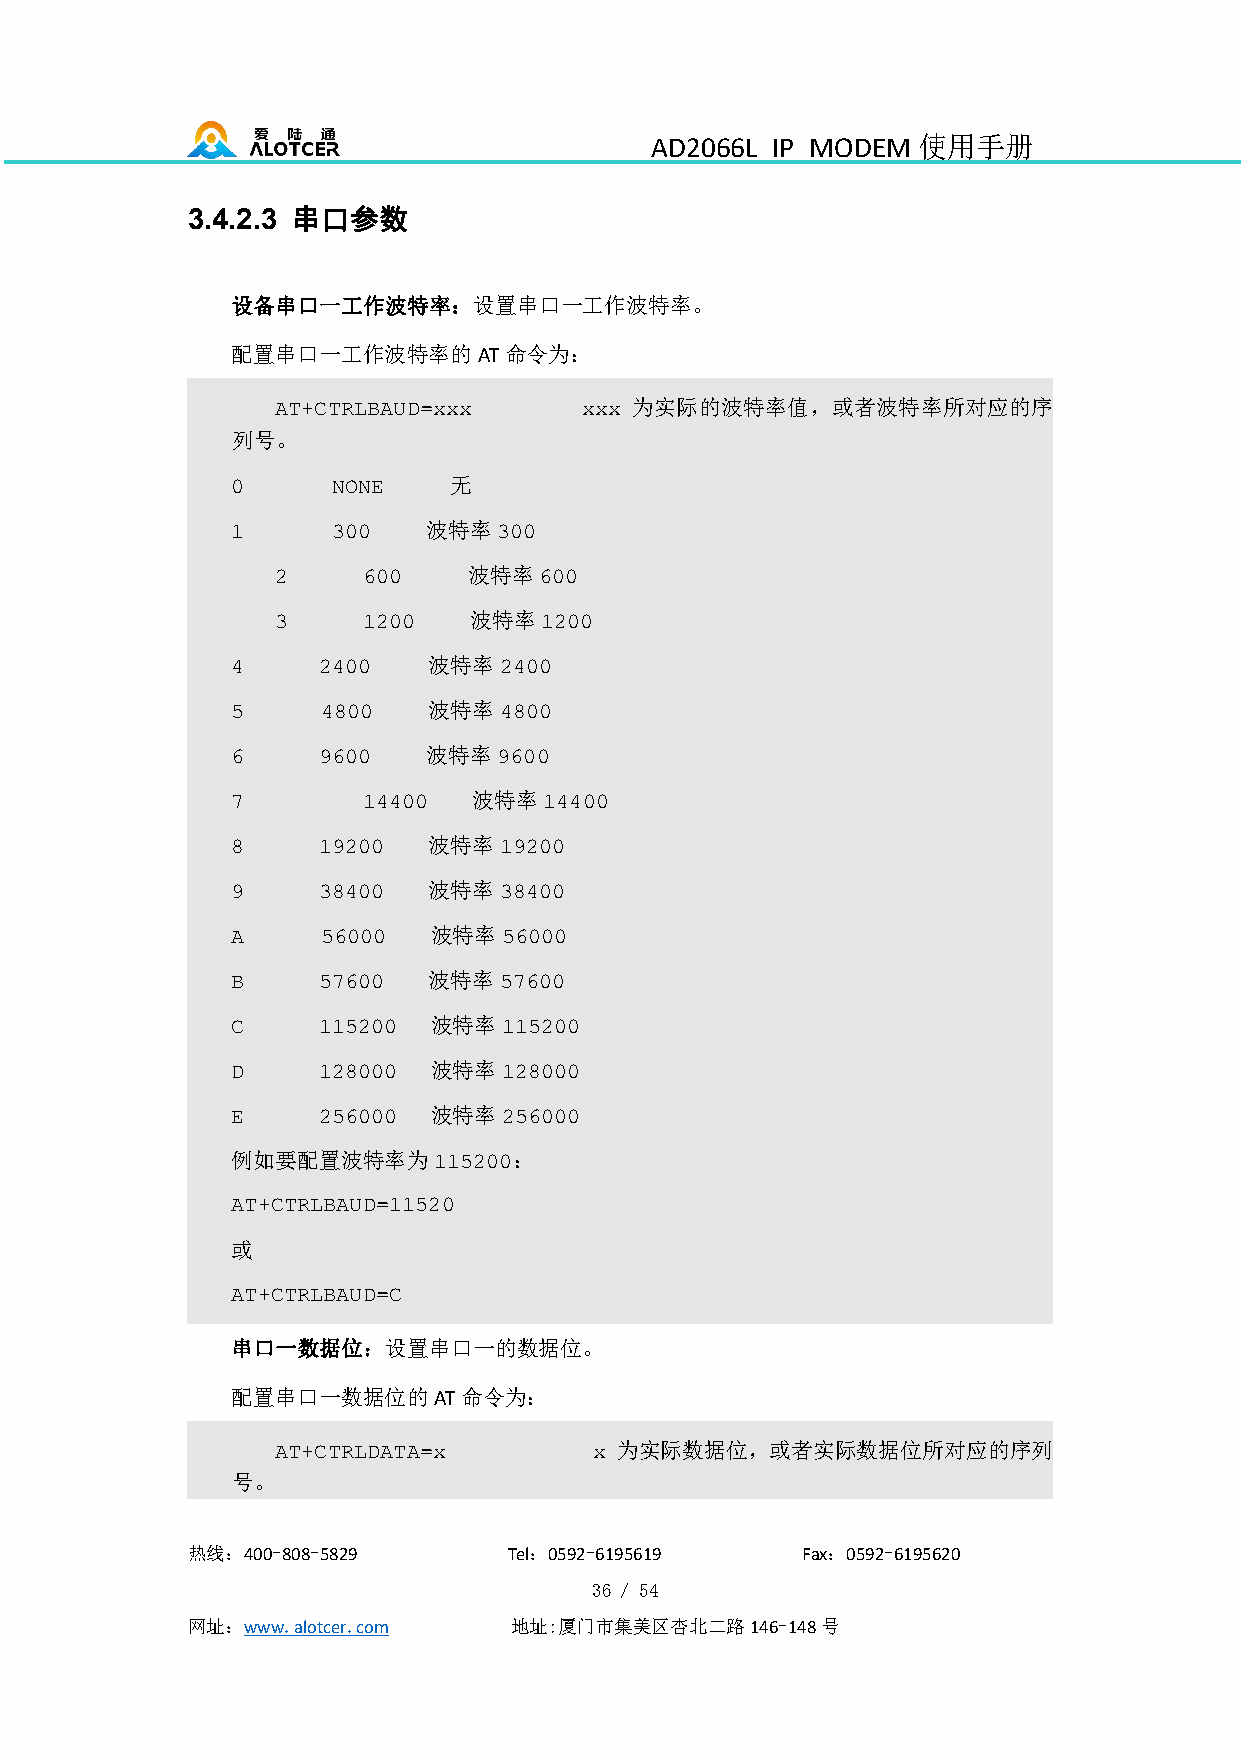
AD2066L IP MODEM  使用手册
 串口参数
 3.4.2.3
 设备串口一工作波特率：设置串口一工作波特率。
 配置串口一工作波特率的AT命令为：
 为实际的波特率值，或者波特率所对应的序
 AT+CTRLBAUD=xxx     xxx
 列号。
 无
 0      NONE
 波特率
 1      300        300
 波特率
 2     600         600
 波特率
 3     1200        1200
 波特率
 4     2400        2400
 波特率
 5     4800        4800
 波特率
 6     9600        9600
 波特率
 7        14400       14400
 波特率
 8     19200       19200
 波特率
 9     38400       38400
 波特率
 A     56000       56000
 波特率
 B     57600       57600
 波特率
 C     115200      115200
 波特率
 D     128000      128000
 波特率
 E     256000      256000
 例如要配置波特率为          ：
 115200
 AT+CTRLBAUD=11520
 或
 AT+CTRLBAUD=C
 串口一数据位：设置串口一的数据位。
 配置串口一数据位的AT命令为：
 为实际数据位，或者实际数据位所对应的序列
 AT+CTRLDATA=x        x
 号。
 热线：400-808-5829       Tel：0592-6195619   Fax：0592-6195620
 36 / 54
 网址：www.alotcer.com    地址:厦门市集美区杏北二路146-148号